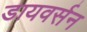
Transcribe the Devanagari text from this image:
डायवर्सन